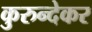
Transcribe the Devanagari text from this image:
कुरुन्देकर